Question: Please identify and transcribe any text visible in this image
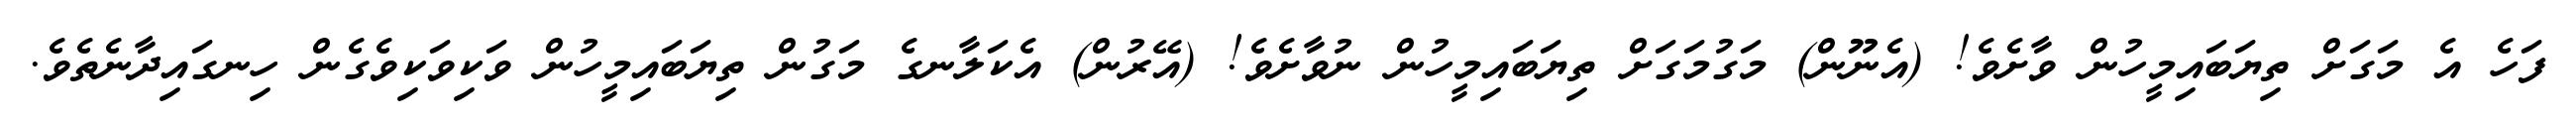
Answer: ފަހެ އެ މަގަށް ތިޔަބައިމީހުން ވާށެވެ! (އެނޫން) މަގުމަގަށް ތިޔަބައިމީހުން ނުވާށެވެ! (އޭރުން) އެކަލާނގެ މަގުން ތިޔަބައިމީހުން ވަކިވަކިވެގެން ހިނގައިދާނެތެވެ.